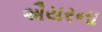
ઐયરના